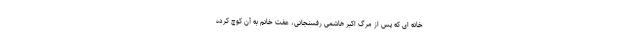
خانه ای که پس از مرگ اکبر هاشمی رفسنجانی، عفت خانم به آن کوچ کرده